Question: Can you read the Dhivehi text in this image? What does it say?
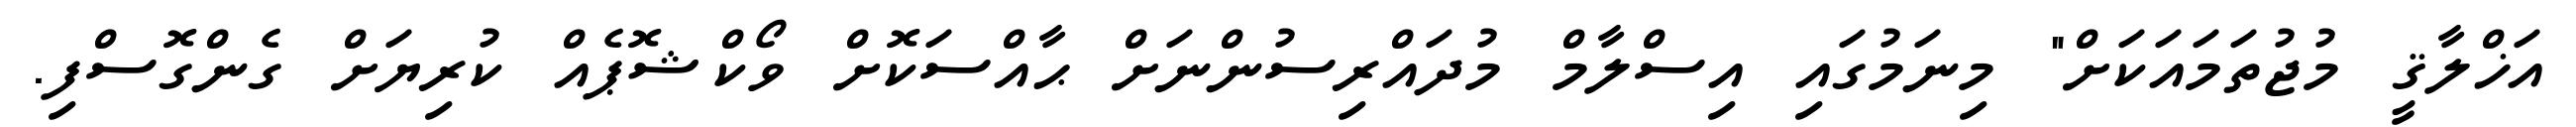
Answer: އަޚްލާޤީ މުޖުތަމައަކަށް" މިނަމުގައި އިސްލާމް މުދައްރިސުންނަށް ޙާއްސަކޮށް ވޯކްޝޮޕެއް ކުރިޔަށް ގެންގޮސްފި.